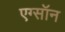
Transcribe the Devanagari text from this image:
एग्सॉन